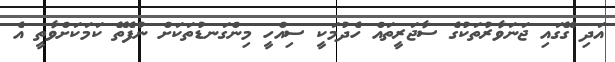
އަދި ގޭގައި ޖަނަވާރުތަކުގެ ސާޖަރީތައް ހެދުމަކީ ސިއްހީ މިންގަނޑުތަކަށް ނުފެތޭ ކަމަކަށްވާތީ އެ